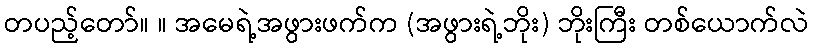
တပည့်တော်။ ။ အမေရဲ့အဖွားဖက်က (အဖွားရဲ့ဘိုး) ဘိုးကြီး တစ်ယောက်လဲ